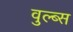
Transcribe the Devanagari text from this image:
वुल्ब्स